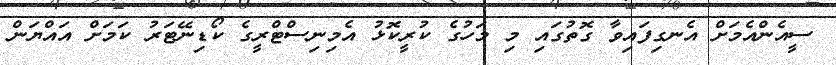
ސީއެންއެމަށް އެނގިފައިވާ ގޮތުގައި މި މަހުގެ ކުރީކޮޅު އެމިނިސްޓްރީގެ ކޯޑިނޭޓަރު ކަމަށް އައްޔަން